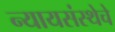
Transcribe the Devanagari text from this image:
न्यायसंस्थेचे